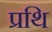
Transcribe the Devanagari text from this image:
प्रथि